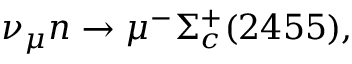
\nu _ { \mu } n \rightarrow \mu ^ { - } \Sigma _ { c } ^ { + } ( 2 4 5 5 ) ,